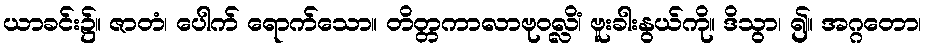
ယာခင်း၌။ ဇာတံ၊ ပေါက် ရောက်သော။ တိတ္တကာလာဗုဝလ္လိံ၊ ဗူးခါးနွယ်ကို။ ဒိသွာ၊ ၍။ အဂ္ဂတော၊